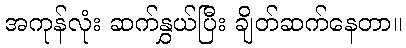
အကုန်လုံး ဆက်နွှယ်ပြီး ချိတ်ဆက်နေတာ။